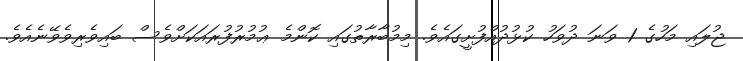
ޖުލައި މަހުގެ 1 ވަނަ ދުވަހު ކުޅުދުއްފުށީގައެވެ. މިމުބާރާތުގައި ކޮންމެ ޢުމުރުފުރައަކަށްވެސް ބައިވެރިވެވޭނެއެވެ.